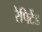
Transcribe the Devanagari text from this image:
रेपिटेंड